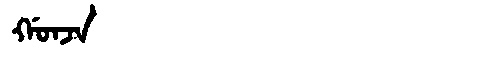
Manchu: ᡤᠣᠨᠵᠠ
Romanization: GONJA